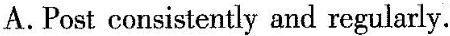
A.Post consistently and regularly.